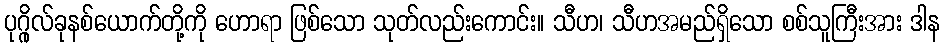
ပုဂ္ဂိုလ်ခုနစ်ယောက်တို့ကို ဟောရာ ဖြစ်သော သုတ်လည်းကောင်း။ သီဟ၊ သီဟအမည်ရှိသော စစ်သူကြီးအား ဒါန